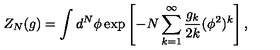
Z _ { N } ( g ) = \int d ^ { N } \phi \exp \left[ - N \sum _ { k = 1 } ^ { \infty } \frac { g _ { k } } { 2 k } ( \phi ^ { 2 } ) ^ { k } \right] ,